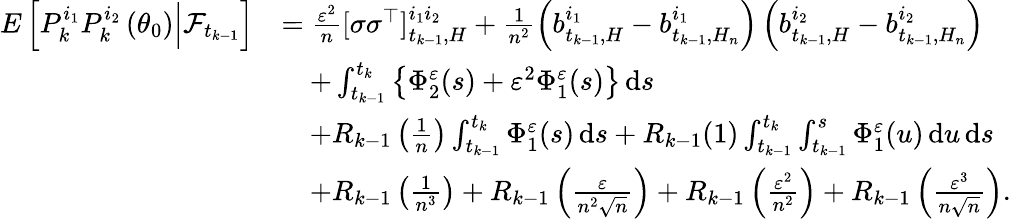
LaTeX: \begin{array}{rl}{E\left[P_{k}^{i_{1}}P_{k}^{i_{2}}\left(\theta_{0}\right)\Big|\mathcal{F}_{t_{k-1}}\right]}&{=\frac{\varepsilon^{2}}{n}[\sigma\sigma^{\top}]_{t_{k-1},H}^{i_{1}i_{2}}+\frac{1}{n^{2}}\left(b_{t_{k-1},H}^{i_{1}}-b_{t_{k-1},H_{n}}^{i_{1}}\right)\left(b_{t_{k-1},H}^{i_{2}}-b_{t_{k-1},H_{n}}^{i_{2}}\right)}\\ &{\quad+\int_{t_{k-1}}^{t_{k}}\left\{ \Phi_{2}^{\varepsilon}(s)+\varepsilon^{2}\Phi_{1}^{\varepsilon}(s)\right\} \, \mathrm{d}s}\\ &{\quad+R_{k-1}\left(\frac{1}{n}\right)\int_{t_{k-1}}^{t_{k}}\Phi_{1}^{\varepsilon}(s)\, \mathrm{d}s+R_{k-1}(1)\int_{t_{k-1}}^{t_{k}}\int_{t_{k-1}}^{s}\Phi_{1}^{\varepsilon}(u)\, \mathrm{d}u\, \mathrm{d}s}\\ &{\quad+R_{k-1}\left(\frac{1}{n^{3}}\right)+R_{k-1}\left(\frac{\varepsilon}{n^{2}\sqrt{n}}\right)+R_{k-1}\left(\frac{\varepsilon^{2}}{n^{2}}\right)+R_{k-1}\left(\frac{\varepsilon^{3}}{n\sqrt{n}}\right).}\end{array}